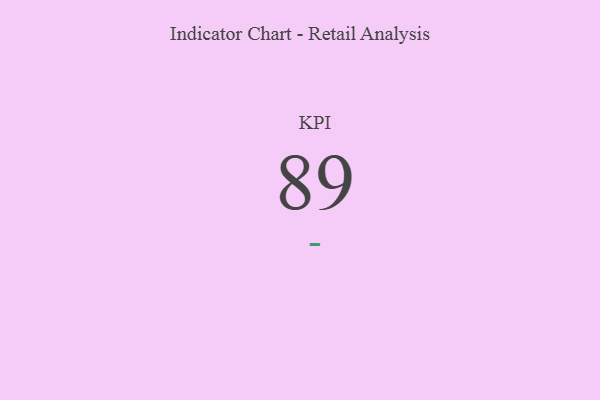
{"axis": {"x": "KPI", "y": "Value"}, "legend": [""], "data": [{"x": "KPI", "y": 89, "type": ""}]}